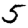
Digit: 5